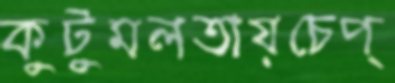
কুটুমলতায়চেপ্‌